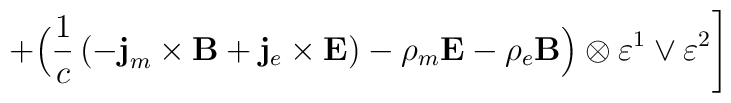
+\Bigl(\frac1c\left(-{\bf j}_m\times{\bf B}+{\bf j}_e\times{\bf E}\right)-\rho_m{\bf E}-\rho_e{\bf B}\Bigr)\otimes\varepsilon^1\vee\varepsilon^2\Biggr]